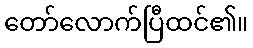
တော်လောက်ပြီထင်၏။